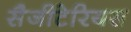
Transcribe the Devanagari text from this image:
सैजीटेरियस